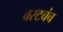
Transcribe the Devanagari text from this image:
वरटचंच